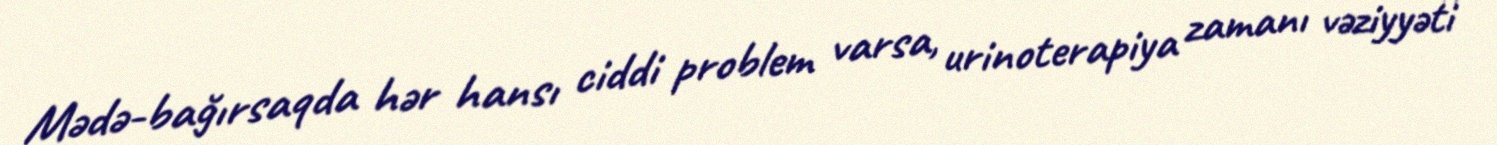
Mədə-bağırsaqda hər hansı ciddi problem varsa, urinoterapiya zamanı vəziyyəti